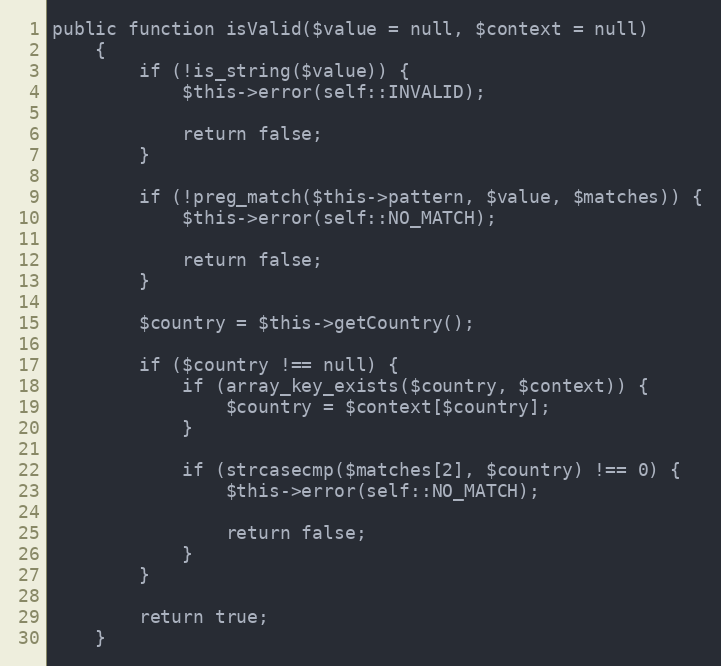
Language: PHP
public function isValid($value = null, $context = null)
    {
        if (!is_string($value)) {
            $this->error(self::INVALID);

            return false;
        }

        if (!preg_match($this->pattern, $value, $matches)) {
            $this->error(self::NO_MATCH);

            return false;
        }

        $country = $this->getCountry();

        if ($country !== null) {
            if (array_key_exists($country, $context)) {
                $country = $context[$country];
            }

            if (strcasecmp($matches[2], $country) !== 0) {
                $this->error(self::NO_MATCH);

                return false;
            }
        }

        return true;
    }